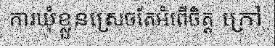
ការឃុំខ្លួនស្រេចតែអំពើចិត្ត ក្រៅ